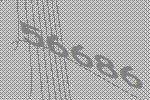
56686